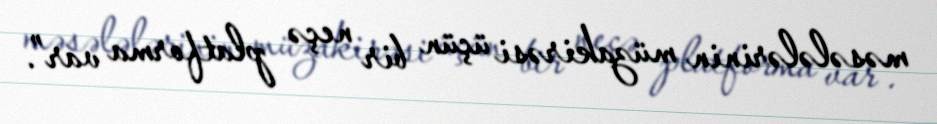
məsələlərinin müzakirəsi üçün bir neçə platforma var”.